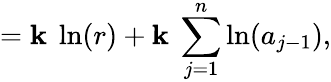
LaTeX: =\mathbf{k}\ \ln(r)+\mathbf{k}\ \sum_{j=1}^{n}\ln(a_{j-1}),